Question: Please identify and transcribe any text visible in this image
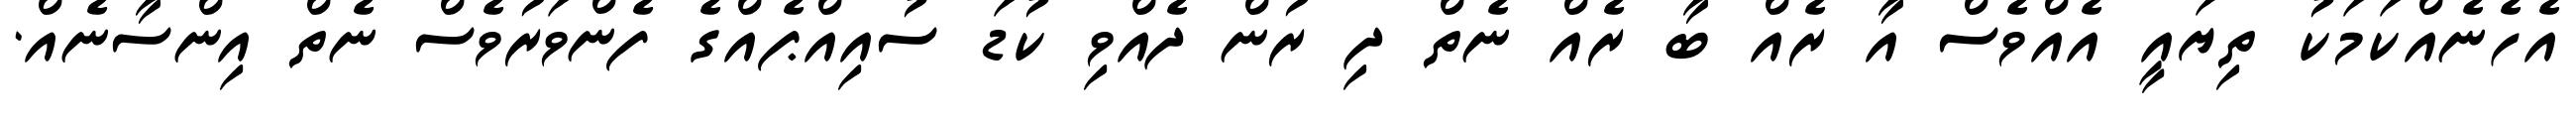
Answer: އެހެނެއްކަމަކު ތިޔައީ އެއްވެސް އާ ރެއް ބާ ރެއް ނެތް ދި ރުން ދެއްވި ކުޑަ ސުއިއްޕެއްގެ ފެންވަރުވެސް ނެތް އިންސާނެއް.